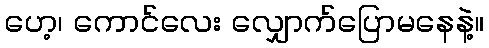
ဟေ့၊ ကောင်လေး လျှောက်ပြောမနေနဲ့။